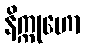
နိက္ကုဟော